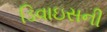
ડિવાઇસની